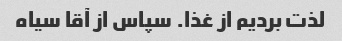
لذت بردیم از غذا. سپاس از آقا سیاه